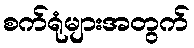
စက်ရုံများအတွက်